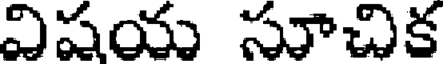
విషయ సూచిక